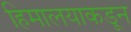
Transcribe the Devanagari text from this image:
हिमालयाकडून